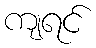
ကျရင်